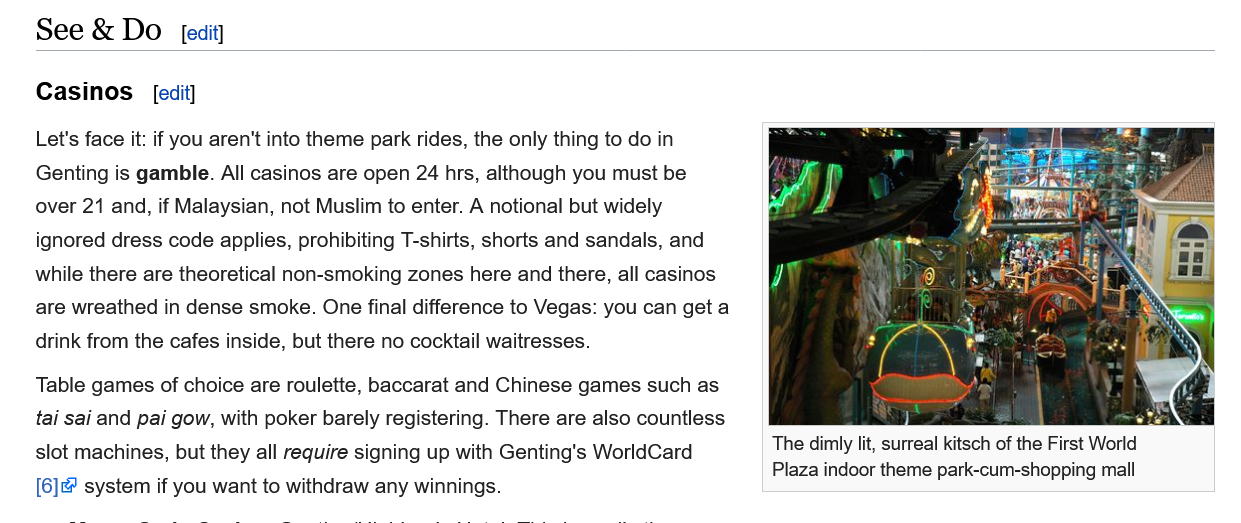
See  &  Do
    Casinos    |
    Let's face it: if you aren't into theme park rides, the only thing to do in
    Genting is gamble. All casinos are open 24 hrs, although you must be
    over 21 and, if Malaysian, not Muslim to enter. A notional but widely
    ignored dress code applies, prohibiting T-shirts, shorts and sandals, and
    while there are theoretical non-smoking zones here and there, all casinos
    are wreathed in dense smoke. One final difference to Vegas: you can get a
    drink from the cafes inside, but there no cocktail waitresses.
    Table games of choice are roulette, baccarat and Chinese games such as
    tai sai and pai gow, with poker barely registering. There are also countless
    slot machines, but they all require signing up with Genting's WorldCard
    [6] system if you want to withdraw any winnings.
     [edit]
     [edit]